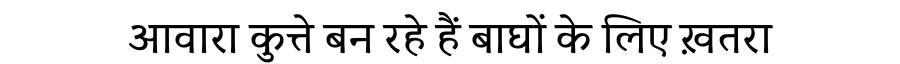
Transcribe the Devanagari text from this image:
आवारा कुत्ते बन रहे हैं बाघों के लिए ख़तरा